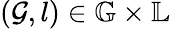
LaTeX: \left({\mathcal{G}},l\right)\in{\mathbb{G}}\times{\mathbb{L}}